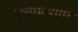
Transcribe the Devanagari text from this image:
यूसीएसएफ